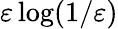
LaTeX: \varepsilon\log(1/\varepsilon)